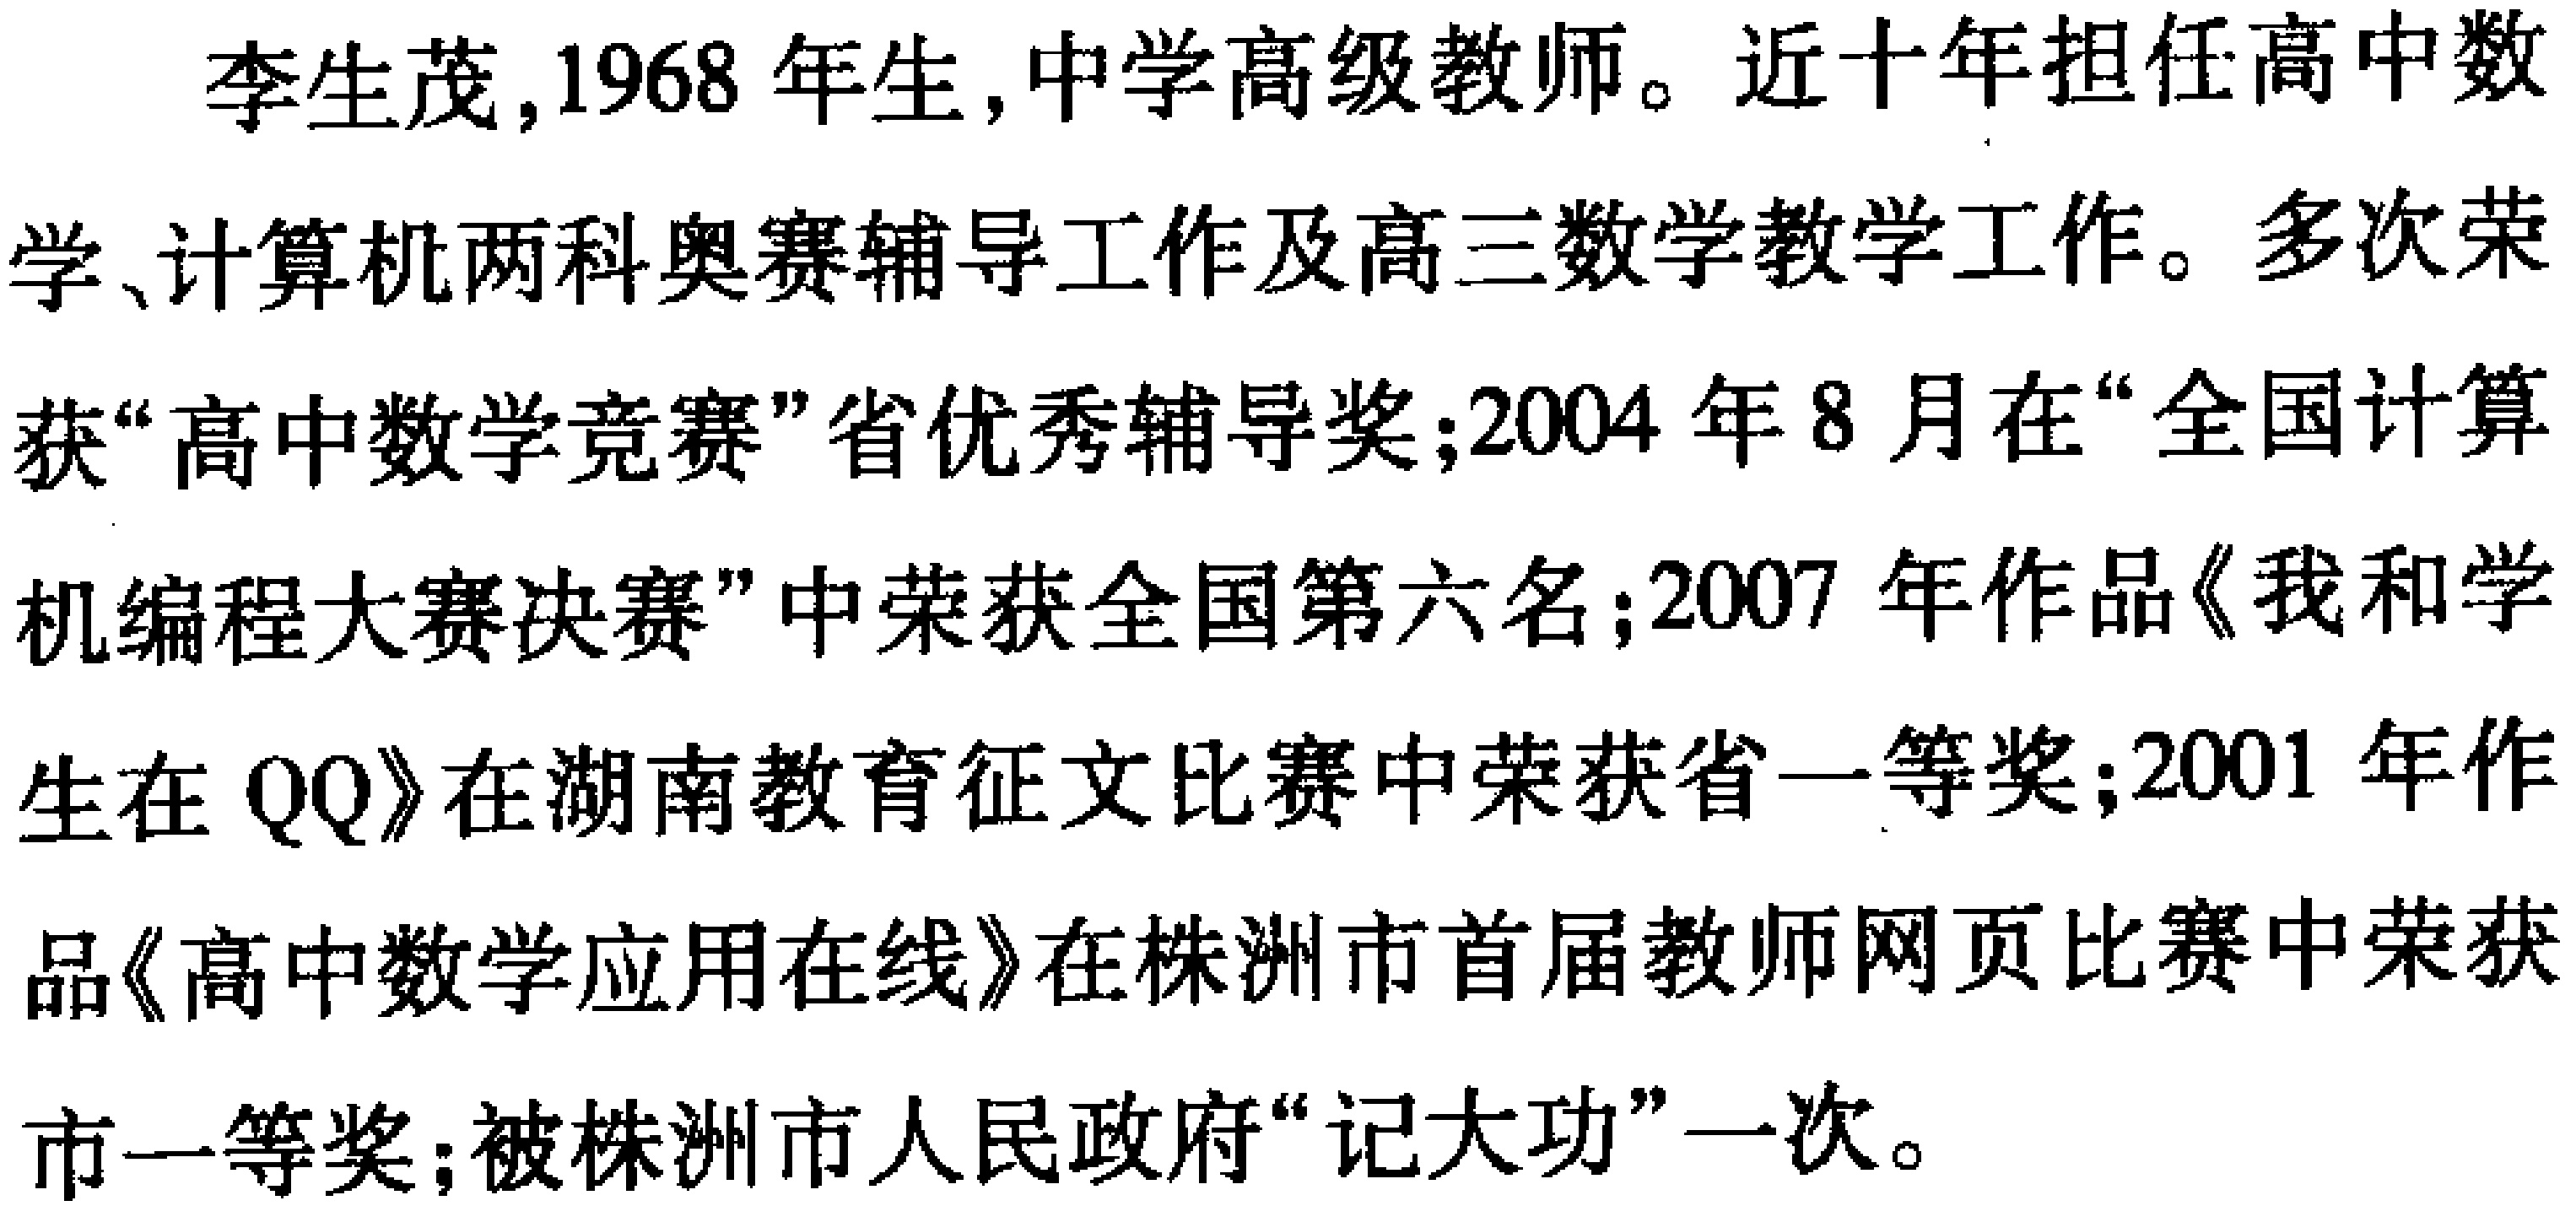
例 4 设\(A\)为锐角。求证：